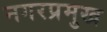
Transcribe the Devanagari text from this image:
नगरप्रमुख